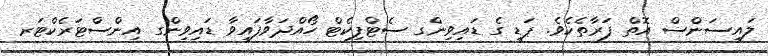
ލައިސަންސް އޮތް ފަރާތެކެވެ. ޕަޑީ ގެ ޑައިވިންގ ސެޓްފިކެޓް ހޯއްދަވާފައިވާ ޑައިވިންގ އިންސްޓަރެކްޓަރ